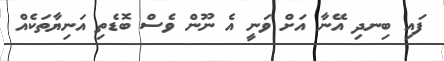
ފައި ބިނދި އޭނާ އަށް ވަނީ އެ ނޫން ވެސް ބޮޑެތި އަނިޔާތަކެއް